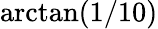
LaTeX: \arctan(1/10)